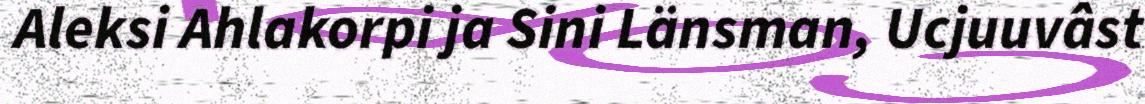
Aleksi Ahlakorpi ja Sini Länsman, Ucjuuvâst